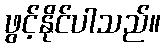
ဖွင့်နိုင်ပါသည်။